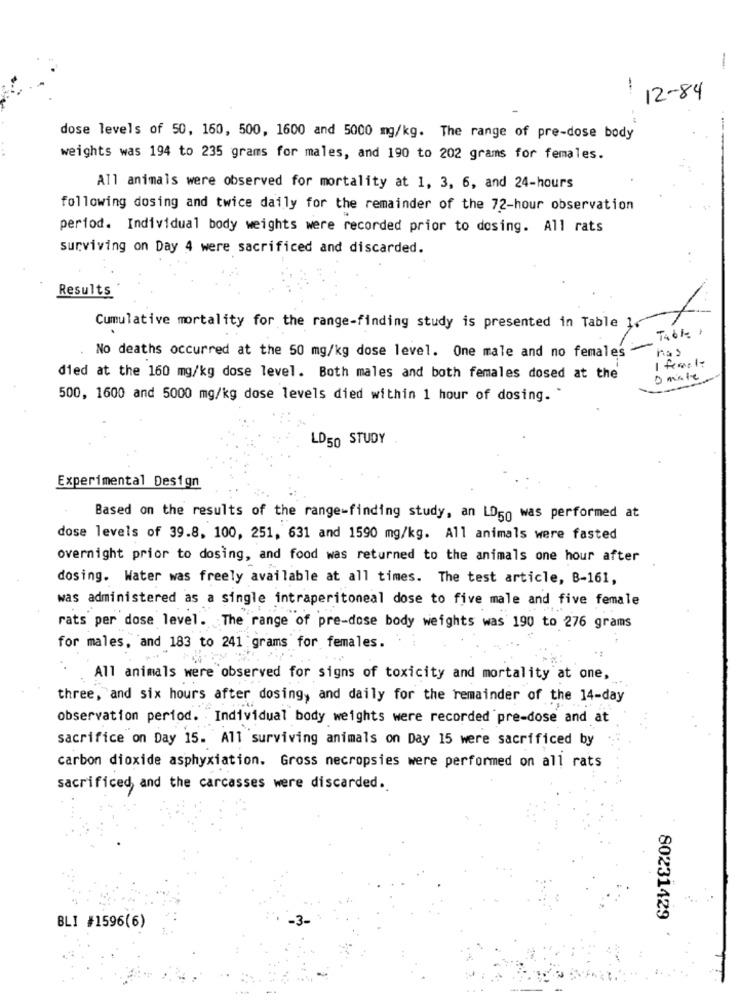
-
-
12-84
-
dose levels of 50, 160, 500, 1600 and 5000 mg/kg. The range of pre-dose body
weights was 194 to 235 grams for males, and 190 to 202 grams for females.
All animals were observed for mortality at 1, 3, 6, and 24-hours
following dosing and twice daily for the remainder of the 72-hour observation
period. Individual body weights were recorded prior to dosing. All rats
surviving on Day 4 were sacrificed and discarded.
Results
Cumulative mortality for the range-finding study is presented in Table
Table
has
No deaths occurred at the 50 mg/kg dose level. One male and no females
died at the 160 mg/kg dose level. Both males and both females dosed at the
O miste
500, 1600 and 5000 mg/kg dose levels died within 1 hour of dosing.
LD50 STUDY
Experimental Design
Based on the results of the range-finding study, an LD50 was performed at
dose levels of 39.8, 100, 251, 631 and 1590 mg/kg. All animals were fasted
overnight prior to dosing, and food was returned to the animals one hour after
dosing. Water was freely available at all times. The test article, B-161,
was administered as a single intraperitoneal dose to five male and five female
rats per dose level. The range of pre-dose body weights was 190 to 276 grams
for males, and 183 to 241 grams for females.
All animals were observed for signs of toxicity and mortality at one,
three, and six hours after dosing, and daily for the remainder of the 14-day
observation period. Individual body weights were recorded pre-dose and at
sacrifice on Day 15. All surviving animals on Day 15 were sacrificed by
carbon dioxide asphyxiation. Gross necropsies were performed on all rats
sacrificed, and the carcasses were discarded.
80231429
BLI #1596(6)